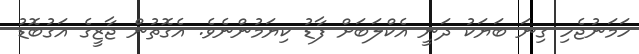
ހަމަނުޖެހި ގިނަ ބަޔަކު ދަނީ އެކްލަބަށް ފާޑު ކިޔަމުންނެވެ. އެގޮތުން ޖާޒީގެ އަގުބޮޑު